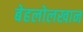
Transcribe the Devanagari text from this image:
बेहलोलखान